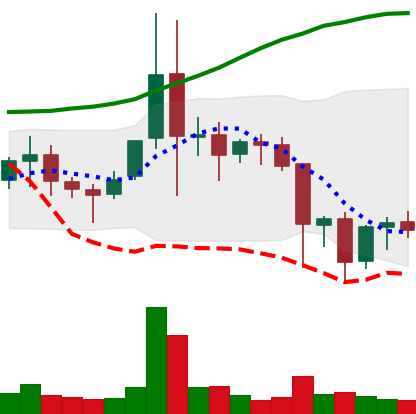
Ticker: ETC-USD
Chart end date: 2021-11-21
Forward return: -8.044%
Label: down_7plus